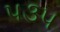
૫૩૫